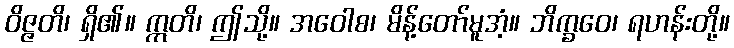
ဝိဇ္ဇတိ၊ ရှိ၏။ ဣတိ၊ ဤသို့။ အဝေါစ၊ မိန့်တော်မူအံ့။ ဘိက္ခဝေ၊ ရဟန်းတို့။